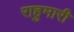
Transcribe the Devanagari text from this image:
राहुमारी